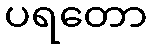
ပရတော